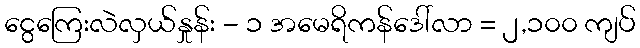
ငွေကြေးလဲလှယ်နှုန်း - ၁ အမေရိကန်ဒေါ်လာ = ၂,၁၀၀ ကျပ်